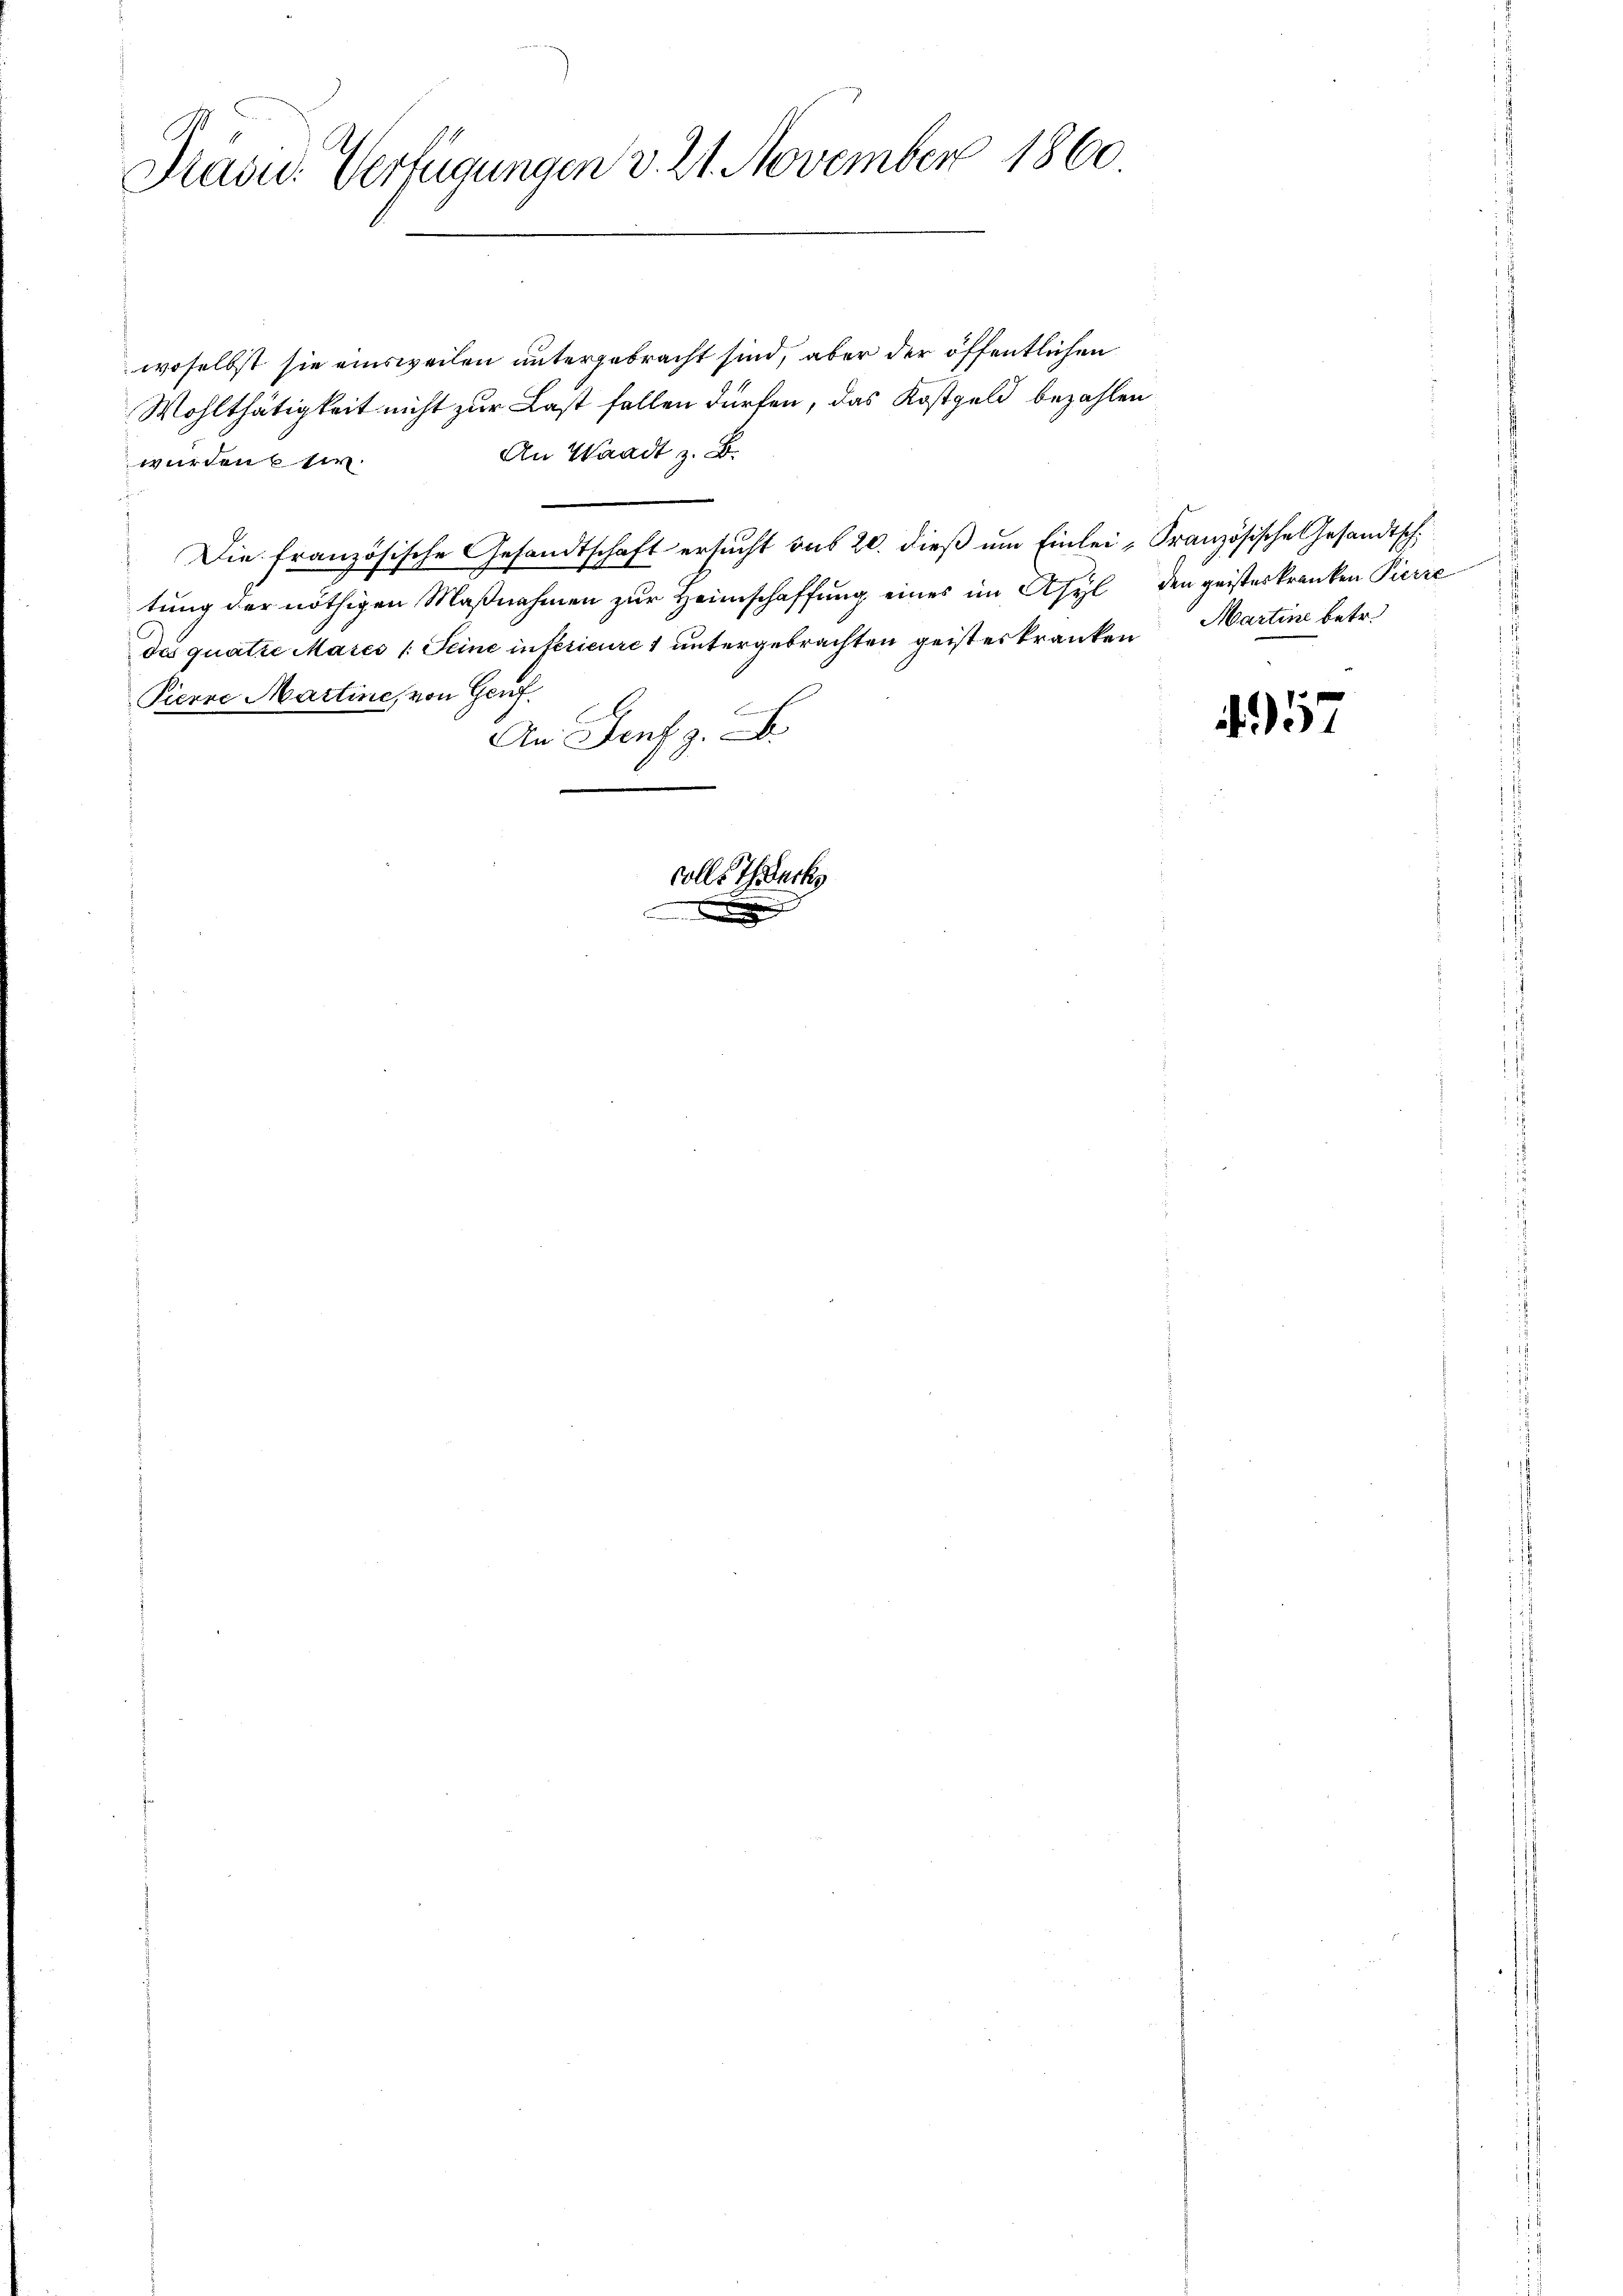
Präsu. Verfügungen v. 21. November 1860.

woselbst sie einsweilen untergebracht sind, aber der öffentlichen
Wohlthätigkeit nicht zur Last fallen dürfen, das Kostgeld bezahlen
An Waadt z. B.
wurden 6 t.
Die französische Gesandtschaft ersucht sub 20. dieß um Einlei- Französische Gesandtsch
tung der nöthigen Maßnahmen zur Heimschaffung eines im Asyl den geisteskranken Pierre
des quatre Mases /: Seine inférieure 1 untergebrachten geisterkranken Martine betr.
Pierre Martine, von Genf.
An Senf z. B.
colle Thacke

4957